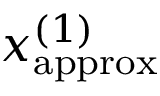
x _ { \mathrm { a p p r o x } } ^ { ( 1 ) }